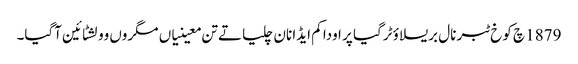
1879 چ کوخ ٹبر نال بریسلاؤ ٹرگیا پر اودا کم ایڈا نان چلیا تے تن معینیاں مگروں وولشٹائین آگیا۔